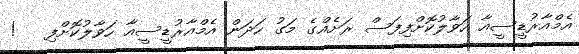
އެމްއާރުޑީސީއާ ހަވާލުކޮށްފިފަސް ރަށެއްގެ މަގު ހަދަން އެމްއާރުޑީސީއާ ހަވާލުކޮށްފި   !